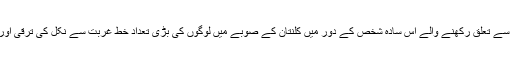
ملائشیا کی اسلامی تحریک ”پاس“ سے تعلق رکھنے والے اس سادہ شخص کے دور میں کلنتان کے صوبے میں لوگوں کی بڑی تعداد خطِ غربت سے نکل کی ترقی اور خوشحالی کی راہ پر گامزن ہوئی۔